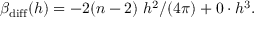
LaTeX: \beta _ { \mathrm { d i f f } } ( h ) = - 2 ( n - 2 ) ~ h ^ { 2 } / ( 4 \pi ) + 0 \cdot h ^ { 3 } .